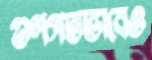
গুণগতভাবেও